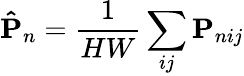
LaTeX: \mathbf{\hat{P}}_{n}=\frac{1}{HW}\sum_{ij}\mathbf{P}_{nij}